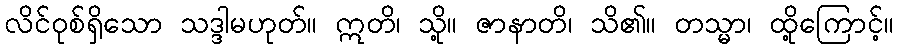
လိင်ဝုစ်ရှိသော သဒ္ဒါမဟုတ်။ ဣတိ၊ သို့။ ဇာနာတိ၊ သိ၏။ တသ္မာ၊ ထို့ကြောင့်။